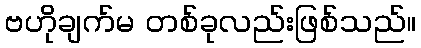
ဗဟိုချက်မ တစ်ခုလည်းဖြစ်သည်။